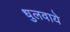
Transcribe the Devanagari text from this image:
धुलवाये